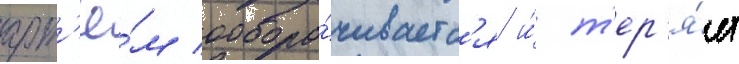
арт'ё́м обора́чиваетс'я и́ т'ер'я́ет